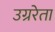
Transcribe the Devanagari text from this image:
उग्ररेता